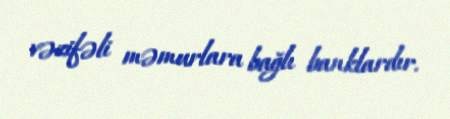
vəzifəli məmurlara bağlı banklardır.